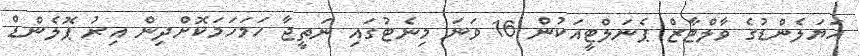
އަަަޔަލެންޑުގެ ވާލްޓާޒް ޕެނަލްޓީއަކުން 16 ވަނަ މިނެޓުގައި ނަތީޖާ ހަމަހަމަކޮށްދިން އިރު ޕޮލެންޑް